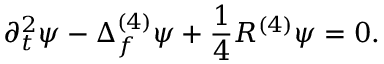
\partial _ { t } ^ { 2 } \psi - \Delta _ { f } ^ { ( 4 ) } \psi + \frac { 1 } { 4 } R ^ { ( 4 ) } \psi = 0 .